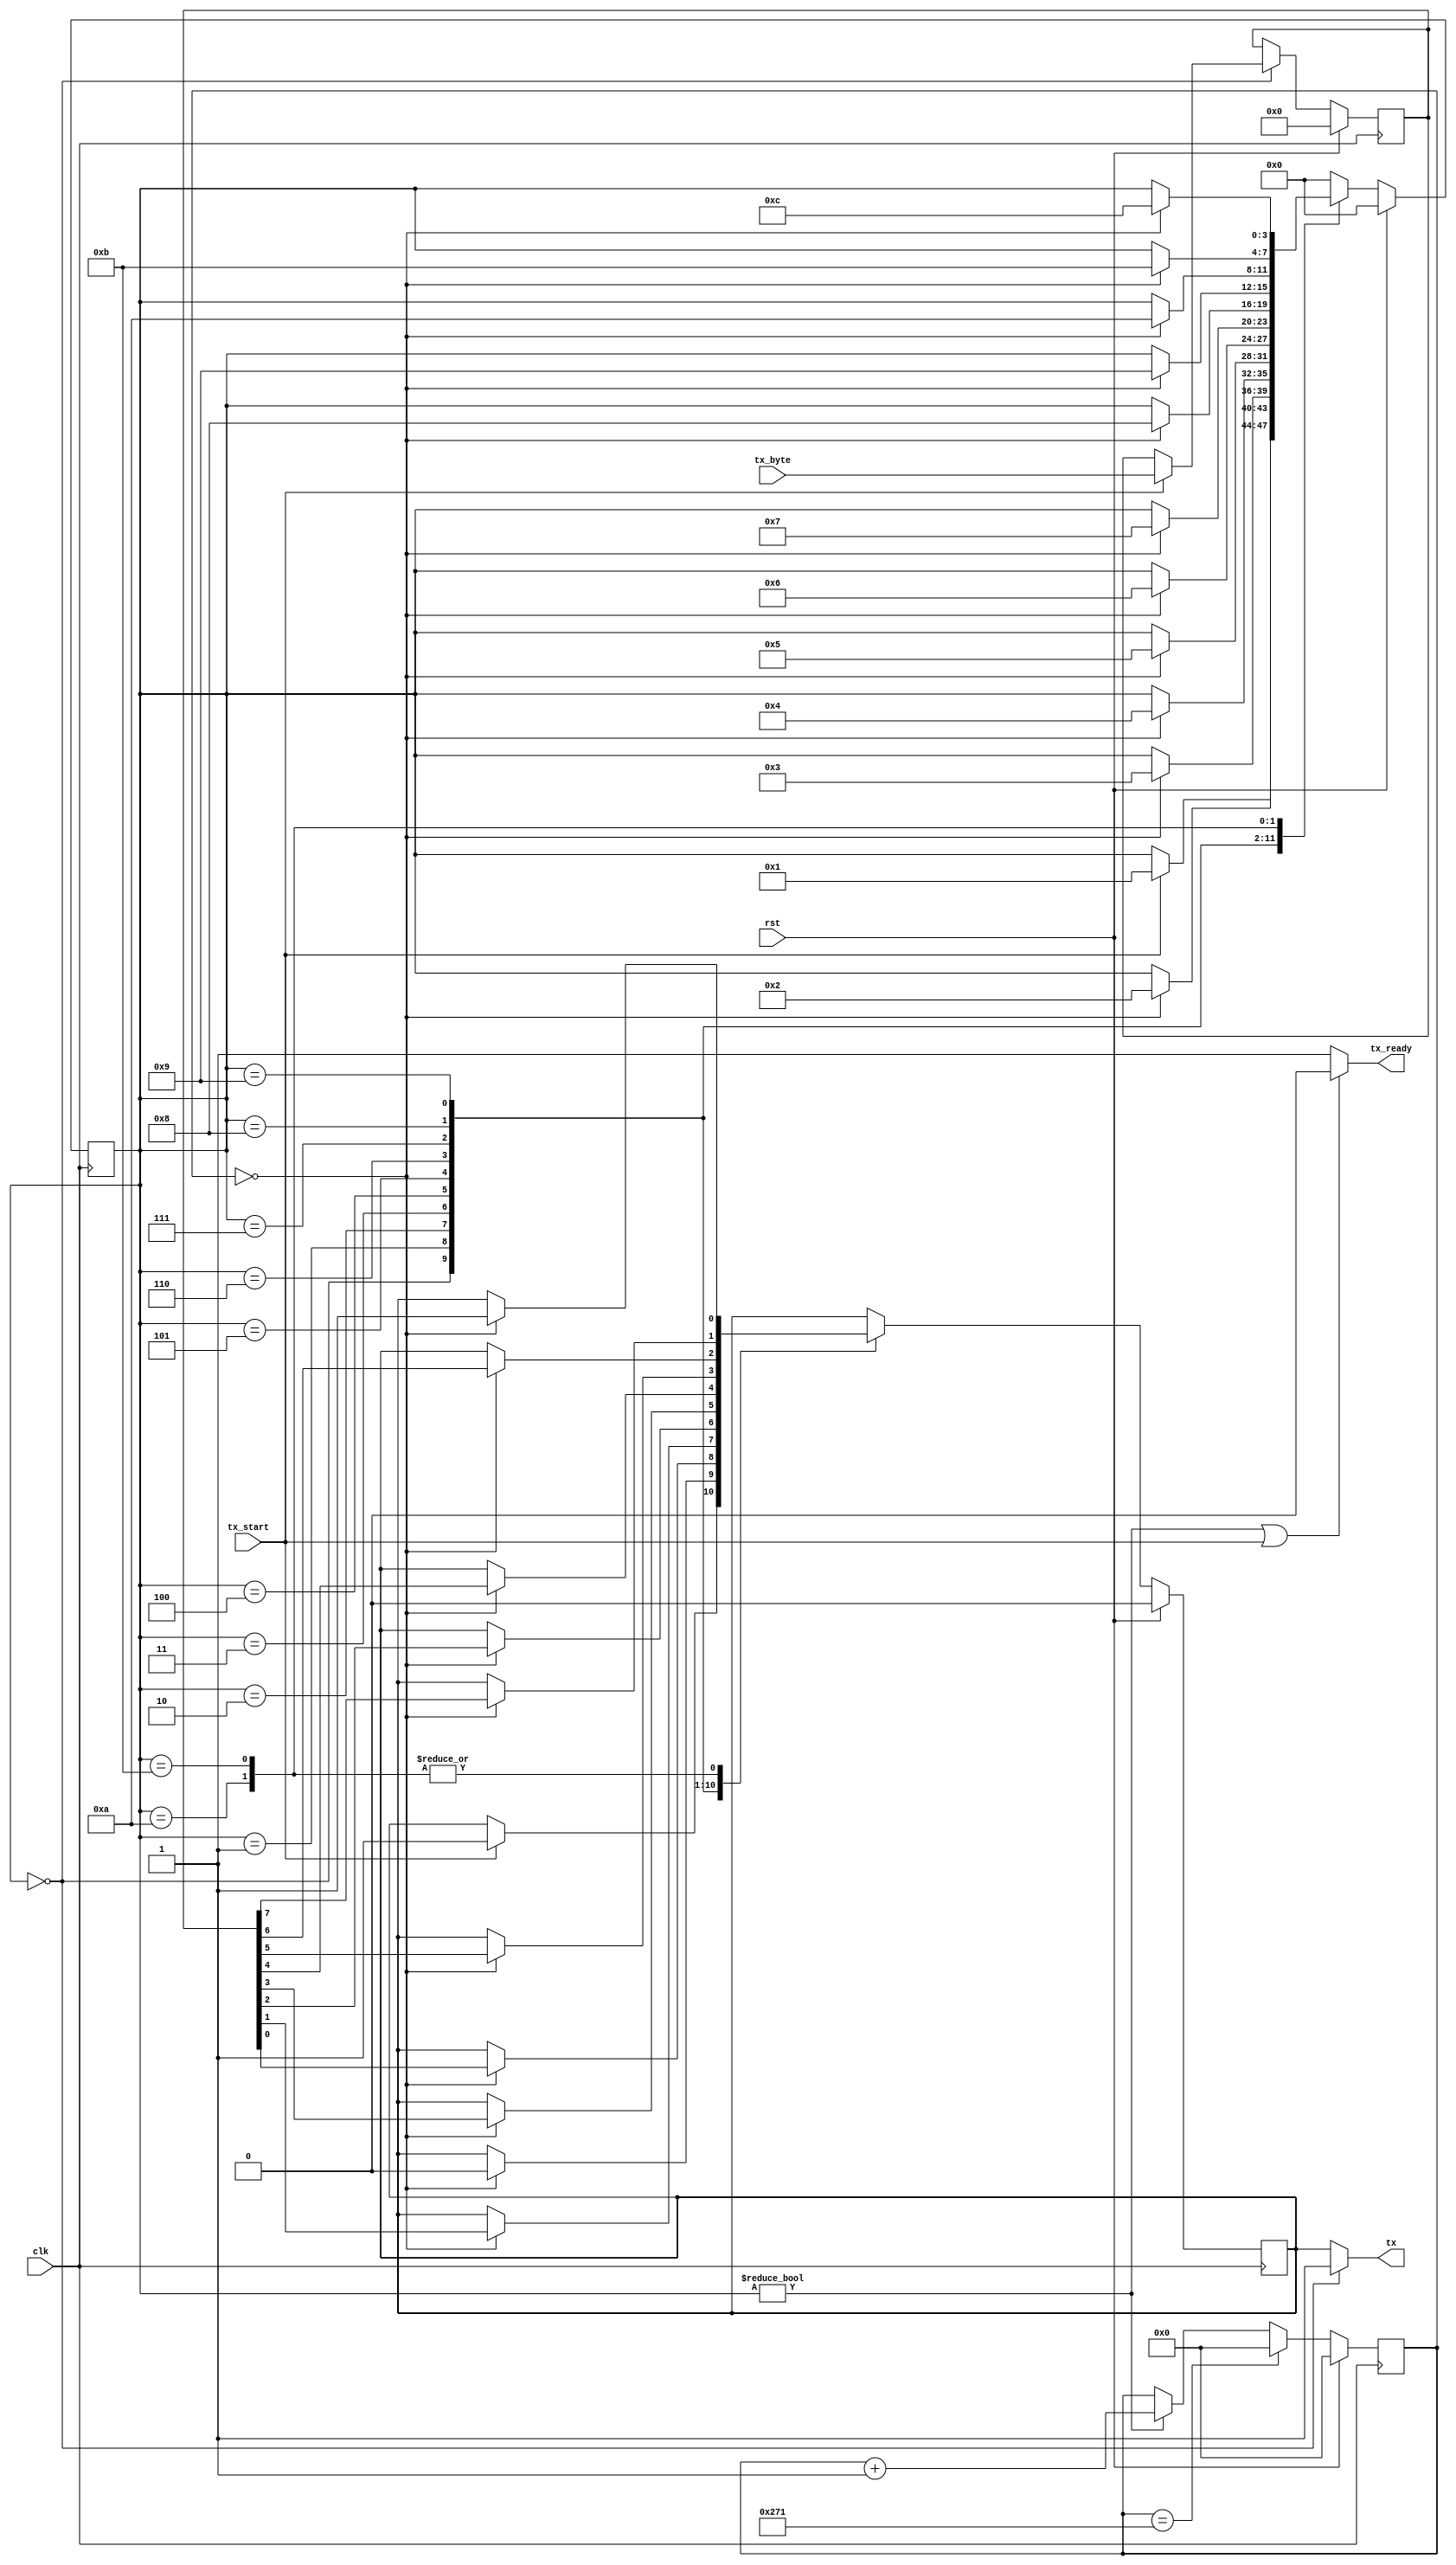
/*
 * Copyright 2017 Google Inc.
 *
 * Licensed under the Apache License, Version 2.0 (the "License");
 * you may not use this file except in compliance with the License.
 * You may obtain a copy of the License at
 *
 *      http://www.apache.org/licenses/LICENSE-2.0
 *
 * Unless required by applicable law or agreed to in writing, software
 * distributed under the License is distributed on an "AS IS" BASIS,
 * WITHOUT WARRANTIES OR CONDITIONS OF ANY KIND, either express or implied.
 * See the License for the specific language governing permissions and
 * limitations under the License.
 */

module uarttx(
  input rst,
  input clk,
  input tx_start,
  input [7 : 0] tx_byte,
  output tx, output tx_ready);

  localparam STATE_IDLE       = 0;
  localparam STATE_START_BYTE = 1;
  localparam STATE_BYTE_1     = 2;
  localparam STATE_BYTE_2     = 3;
  localparam STATE_BYTE_3     = 4;
  localparam STATE_BYTE_4     = 5;
  localparam STATE_BYTE_5     = 6;
  localparam STATE_BYTE_6     = 7;
  localparam STATE_BYTE_7     = 8;
  localparam STATE_BYTE_8     = 9;
  localparam STATE_STOP_BYTE1 = 10;
  localparam STATE_STOP_BYTE2 = 11;
  localparam STATE_FINISH     = 12;
  localparam STATE_WIDTH = $clog2(STATE_FINISH);

  parameter CLK_SPEED = 12000000; //Hz
`ifdef IVERILOG_SIM
  parameter BAUD_RATE = CLK_SPEED / 2;
`else
  parameter BAUD_RATE = 19200;
`endif
  localparam BAUD_COUNT = CLK_SPEED / BAUD_RATE;
  localparam BAUD_REG_SIZE = $clog2(BAUD_COUNT);
  reg [BAUD_REG_SIZE-1 : 0] baud_counter;
  reg [STATE_WIDTH-1 : 0] tx_state;
  reg tx_val;
  reg [7 : 0] value;

  assign tx_ready = (tx_state != STATE_IDLE) || (tx_start) ? 0 : 1;
  assign tx = (tx_state == STATE_IDLE) ? 1 : tx_val;

  always @(posedge clk) begin
    if (rst) begin
      tx_state <= 0;
      tx_val <= 0;
      baud_counter <= 0;
      value <= 0;
    end else begin
      if (baud_counter == BAUD_COUNT) begin
        baud_counter <= 0;
      end else if (tx_state != STATE_IDLE) begin
        baud_counter <= baud_counter + 1;
      end

      case (tx_state)
        STATE_IDLE: begin
          if (tx_start) begin
            tx_state <= STATE_START_BYTE;
            tx_val <= 1;
            value <= tx_byte;
          end
        end
        STATE_START_BYTE: begin
          if (baud_counter == 0) begin
            tx_val <= 0;
            tx_state <= STATE_BYTE_1;
          end
        end
        STATE_BYTE_1: begin
          if (baud_counter == 0) begin
            tx_val <= value[0];
            tx_state <= STATE_BYTE_2;
          end
        end
        STATE_BYTE_2: begin
          if (baud_counter == 0) begin
            tx_val <= value[1];
            tx_state <= STATE_BYTE_3;
          end
        end
        STATE_BYTE_3: begin
          if (baud_counter == 0) begin
            tx_val <= value[2];
            tx_state <= STATE_BYTE_4;
          end
        end
        STATE_BYTE_4: begin
          if (baud_counter == 0) begin
            tx_val <= value[3];
            tx_state <= STATE_BYTE_5;
          end
        end
        STATE_BYTE_5: begin
          if (baud_counter == 0) begin
            tx_val <= value[4];
            tx_state <= STATE_BYTE_6;
          end
        end
        STATE_BYTE_6: begin
          if (baud_counter == 0) begin
            tx_val <= value[5];
            tx_state <= STATE_BYTE_7;
          end
        end
        STATE_BYTE_7: begin
          if (baud_counter == 0) begin
            tx_val <= value[6];
            tx_state <= STATE_BYTE_8;
          end
        end
        STATE_BYTE_8: begin
          if (baud_counter == 0) begin
            tx_val <= value[7];
            tx_state <= STATE_STOP_BYTE1;
          end
        end
        STATE_STOP_BYTE1: begin
          if (baud_counter == 0) begin
            tx_val <= 1;
            tx_state <= STATE_STOP_BYTE2;
          end
        end
        STATE_STOP_BYTE2: begin
          if (baud_counter == 0) begin
            tx_val <= 1;
            tx_state <= STATE_FINISH;
          end
        end
        STATE_FINISH : begin
          tx_state <= STATE_IDLE;
        end
        default: begin
          tx_state <= STATE_IDLE;
        end
      endcase
    end
  end
endmodule